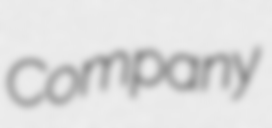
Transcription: Company